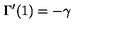
\Gamma ^ { \prime } ( 1 ) = - \gamma